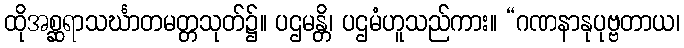
ထိုအစ္ဆရာသင်္ဃာတမတ္တသုတ်၌။ ပဌမန္တိ၊ ပဌမံဟူသည်ကား။ “ဂဏနာနုပုဗ္ဗတာယ၊